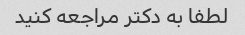
لطفا به دکتر مراجعه کنید